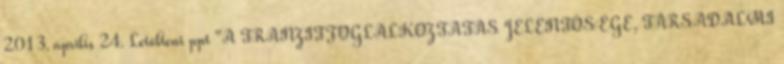
2013. április 24. Letölteni ppt "A TRANZITFOGLALKOZTATÁS JELENTŐSÉGE, TÁRSADALMI